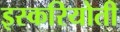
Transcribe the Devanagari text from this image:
इस्करियोती